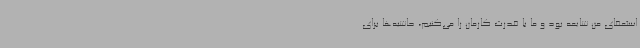
استعفای من شایعه بود و ما با قدرت کارمان را می‌کنیم، حاشیه‌ها برای